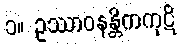
၁။ ဥဿာဝနန္တိကကုဋိ